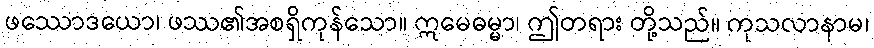
ဖဿောဒယော၊ ဖဿ၏အစရှိကုန်သော။ ဣမေဓမ္မာ၊ ဤတရား တို့သည်။ ကုသလာနာမ၊